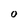
Character: o